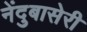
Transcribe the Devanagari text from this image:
नेंदुबासेरी